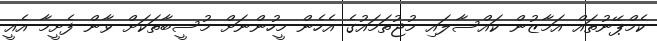
ކެމްޕޭނުތައް އަމާޒުން ކައްސާލައި މުޖުތަމައުގެ އެހެން މީހުންނަށް މުސީބާތަކަށް ވާން ފެށީމާ އެއީ